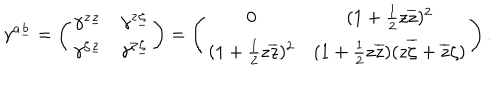
\gamma ^ { a \underline { { b } } } = \left( \begin{matrix} { { \gamma ^ { z \underline { { z } } } } } & { { \gamma ^ { z \underline { { \zeta } } } } } \\ { { \gamma ^ { \zeta \underline { { z } } } } } & { { \gamma ^ { \zeta \underline { { \zeta } } } } } \\ \end{matrix} \right) = \left( \begin{matrix} { { 0 } } & { { ( 1 + { \frac { 1 } { 2 } } z \overline { { z } } ) ^ { 2 } } } \\ { { ( 1 + { \frac { 1 } { 2 } } z \overline { { z } } ) ^ { 2 } } } & { { ( 1 + { \frac { 1 } { 2 } } z \overline { { z } } ) ( z \overline { { \zeta } } + \overline { { z } } \zeta ) } } \\ \end{matrix} \right) .